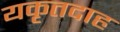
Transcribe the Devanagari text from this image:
यकृतदाह